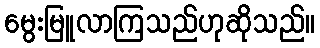
မွေးမြူလာကြသည်ဟုဆိုသည်။